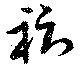
褥